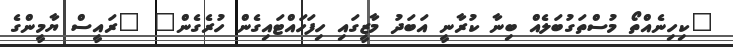
"ކިހިނެއްތޯ މުސްތަގުބަލެއް ބިނާ ކުރާނީ އަބަދު މާޒީގައި ހިފަހައްޓައިގެން ހުރެގެން" "ރައީސް ޔާމީންގެ